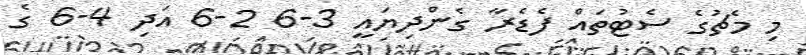
މި މެޗުގެ ސެޓުތައް ފެޑެރާ ގެންދިޔައީ 3-6 2-6 އަދި 4-6 ގެ